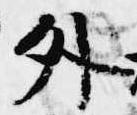
外